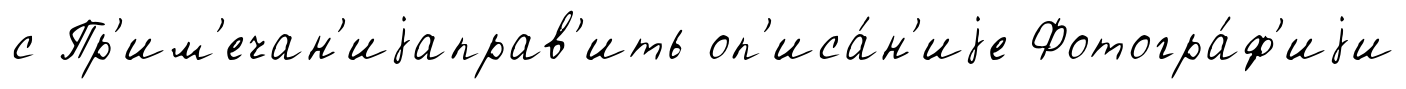
с Пр'им'ечан'иjаправ'ить оп'иса́н'иjе Фотогра́ф'иjи